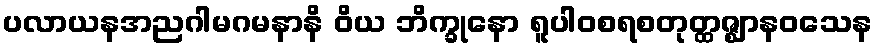
ပလာယနအညဂါမဂမနာနိ ဝိယ ဘိက္ခုနော ရူပါဝစရစတုတ္ထဇ္ဈာနဝသေန